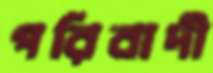
পরিবাদী